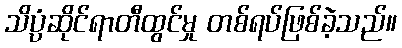
သိပ္ပံဆိုင်ရာတီထွင်မှု တစ်ရပ်ဖြစ်ခဲ့သည်။